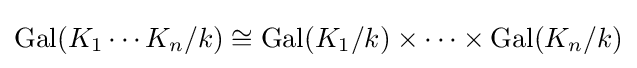
\operatorname {Gal} (K_{1}\cdots K_{n}/k)\cong \operatorname {Gal} (K_{1}/k)\times \cdots \times \operatorname {Gal} (K_{n}/k)